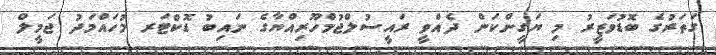
ގަތަރުގެ ބޮޑުވަޒީރު މި ޔަގީންކަން ދެއްވީ ރައީސުލްޖުމްހޫރިއްޔާގެ ނައިބު ޑޮކްޓަރ މުހައްމަދު ޖަމީލް